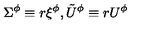
\Sigma ^ { \phi } \equiv r \xi ^ { \phi } , \tilde { U } ^ { \phi } \equiv r U ^ { \phi }